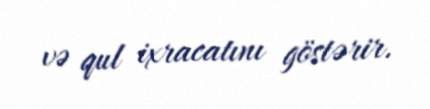
və qul ixracatını göstərir.